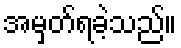
အမှတ်ရခဲ့သည်။